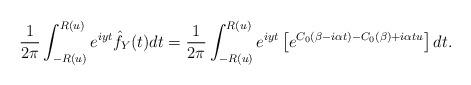
LaTeX: \begin{align*}\frac{1}{2 \pi} \int_{-R(u)}^{R(u)} e^{iyt} \hat{f}_Y(t)dt=\frac{1}{2 \pi}\int_{-R(u)}^{R(u)} e^{iyt}\left[e^{C_0(\beta -i \alpha t)-C_0(\beta)+i \alpha t u}\right] dt.\end{align*}